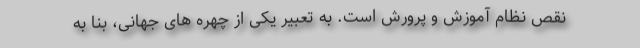
نقص نظام آموزش و پرورش است. به تعبیر یکی از چهره های جهانی، بنا به